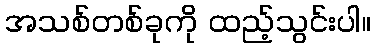
အသစ်တစ်ခုကို ထည့်သွင်းပါ။